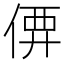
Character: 𠊼